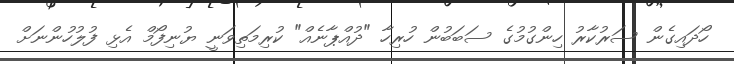
ހޯދައިގެން ސަރުކާރު ހިންގުމުގެ ސަބަބުން ހުރިހާ "ދުއްޕާނެއް" ކުރިމަތިވަނީ ޔުނިފޯމް އެޅި ފުލުހުންނަށް